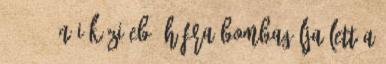
14:12 - Női kézi Eb: Háfra bombagólja lett a